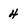
Character: 4